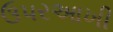
ઉપરઆખી